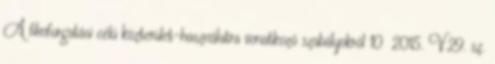
A filmforgatási célú közterület-használatra vonatkozó szabályokról 10 2015. V.29. sz.